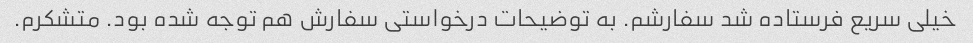
خیلی سریع فرستاده شد سفارشم. به توضیحات درخواستی سفارش هم توجه شده بود. متشکرم.